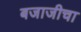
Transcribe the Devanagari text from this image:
बजाजीचा